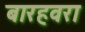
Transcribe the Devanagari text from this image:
बारहवरा